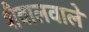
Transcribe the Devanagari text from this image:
शैवालवाले